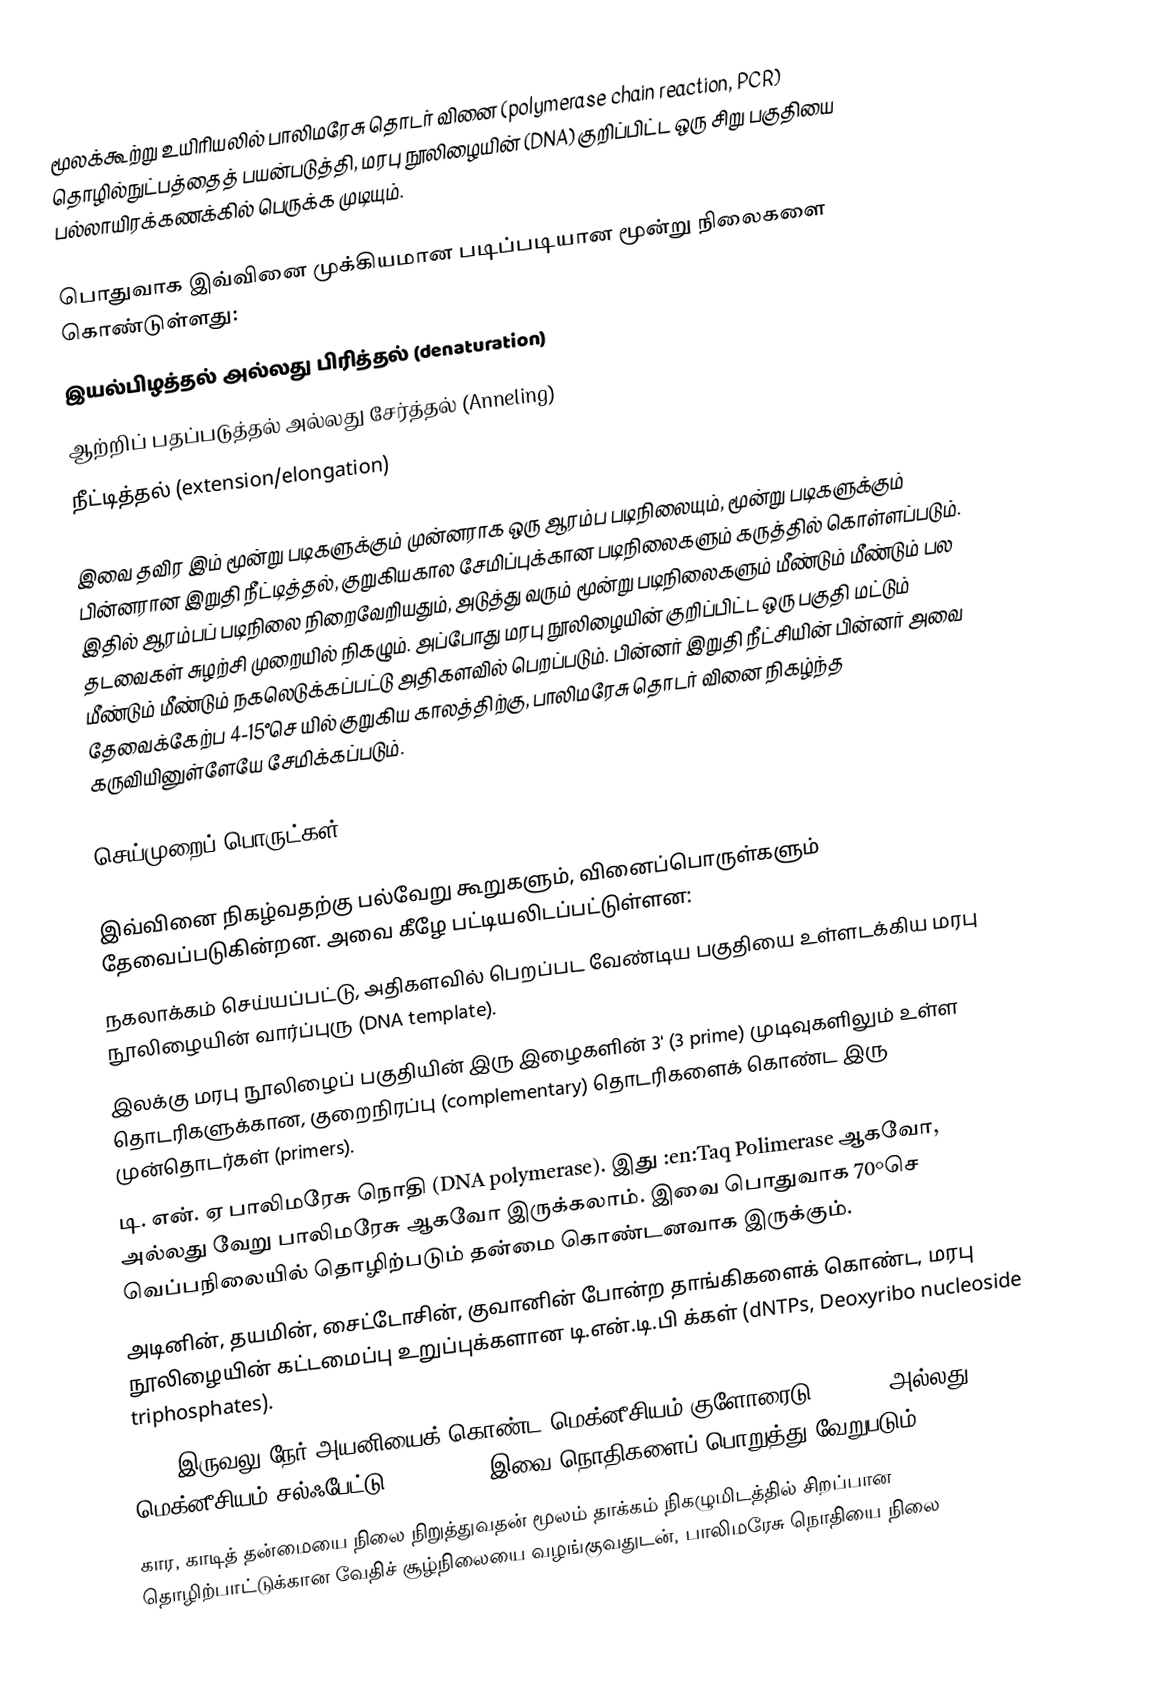
மூலக்கூற்று உயிரியலில் பாலிமரேசு தொடர் வினை (polymerase chain reaction, PCR) தொழில்நுட்பத்தைத் பயன்படுத்தி, மரபு நூலிழையின் (DNA) குறிப்பிட்ட ஒரு சிறு பகுதியை பல்லாயிரக்கணக்கில் பெருக்க முடியும்.

பொதுவாக இவ்வினை முக்கியமான படிப்படியான மூன்று நிலைகளை கொண்டுள்ளது:
 இயல்பிழத்தல் அல்லது பிரித்தல் (denaturation)
 ஆற்றிப் பதப்படுத்தல் அல்லது சேர்த்தல் (Anneling)
 நீட்டித்தல் (extension/elongation)

இவை தவிர இம் மூன்று படிகளுக்கும் முன்னராக ஒரு ஆரம்ப படிநிலையும், மூன்று படிகளுக்கும் பின்னரான இறுதி நீட்டித்தல், குறுகியகால சேமிப்புக்கான படிநிலைகளும் கருத்தில் கொள்ளப்படும். இதில் ஆரம்பப் படிநிலை நிறைவேறியதும், அடுத்து வரும் மூன்று படிநிலைகளும் மீண்டும் மீண்டும் பல தடவைகள் சுழற்சி முறையில் நிகழும். அப்போது மரபு நூலிழையின் குறிப்பிட்ட ஒரு பகுதி மட்டும் மீண்டும் மீண்டும் நகலெடுக்கப்பட்டு அதிகளவில் பெறப்படும். பின்னர் இறுதி நீட்சியின் பின்னர் அவை தேவைக்கேற்ப 4-15°செ யில் குறுகிய காலத்திற்கு, பாலிமரேசு தொடர் வினை நிகழ்ந்த கருவியினுள்ளேயே சேமிக்கப்படும்.

செய்முறைப் பொருட்கள்

இவ்வினை நிகழ்வதற்கு பல்வேறு கூறுகளும், வினைப்பொருள்களும் தேவைப்படுகின்றன. அவை கீழே பட்டியலிடப்பட்டுள்ளன:
 நகலாக்கம் செய்யப்பட்டு, அதிகளவில் பெறப்பட வேண்டிய பகுதியை உள்ளடக்கிய மரபு நூலிழையின் வார்ப்புரு (DNA template).
 இலக்கு மரபு நூலிழைப் பகுதியின் இரு இழைகளின் 3' (3 prime) முடிவுகளிலும் உள்ள தொடரிகளுக்கான, குறைநிரப்பு (complementary) தொடரிகளைக் கொண்ட இரு முன்தொடர்கள் (primers).
 டி. என். ஏ பாலிமரேசு நொதி (DNA polymerase). இது :en:Taq Polimerase ஆகவோ, அல்லது வேறு பாலிமரேசு ஆகவோ இருக்கலாம். இவை பொதுவாக 70°செ வெப்பநிலையில் தொழிற்படும் தன்மை கொண்டனவாக இருக்கும்.
 அடினின், தயமின், சைட்டோசின், குவானின் போன்ற தாங்கிகளைக் கொண்ட, மரபு நூலிழையின் கட்டமைப்பு உறுப்புக்களான டி.என்.டி.பி க்கள் (dNTPs, Deoxyribo nucleoside triphosphates).
 Mg2+ இருவலு நேர் அயனியைக் கொண்ட மெக்னீசியம் குளோரைடு (MgCl2) அல்லது மெக்னீசியம் சல்ஃபேட்டு (MgSo4)- . இவை நொதிகளைப் பொறுத்து வேறுபடும்.
 கார, காடித் தன்மையை நிலை நிறுத்துவதன் மூலம் தாக்கம் நிகழுமிடத்தில் சிறப்பான தொழிற்பாட்டுக்கான வேதிச் சூழ்நிலையை வழங்குவதுடன், பாலிமரேசு நொதியை நிலை